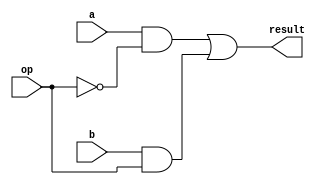
module mux1bit2to1(a, b, op, result);
input a, b, op;
output result;


assign result = (a & (~op)) | (b & op);			//multiplexer logic.

endmodule